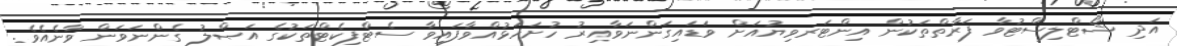
އަދި ޝޯޓްލިސްޓުވާ ފަރާތްތަކުން އިންޓަރވިޔުއަށް ވަޑައިގަންނަވާއިރު ހުށަހަޅުއްވާފައިވާ ސެޓްފިކެޓްތަކުގެ އަޞްލު ގެންނަވަން ވާނެއެވެ.